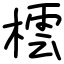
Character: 橒